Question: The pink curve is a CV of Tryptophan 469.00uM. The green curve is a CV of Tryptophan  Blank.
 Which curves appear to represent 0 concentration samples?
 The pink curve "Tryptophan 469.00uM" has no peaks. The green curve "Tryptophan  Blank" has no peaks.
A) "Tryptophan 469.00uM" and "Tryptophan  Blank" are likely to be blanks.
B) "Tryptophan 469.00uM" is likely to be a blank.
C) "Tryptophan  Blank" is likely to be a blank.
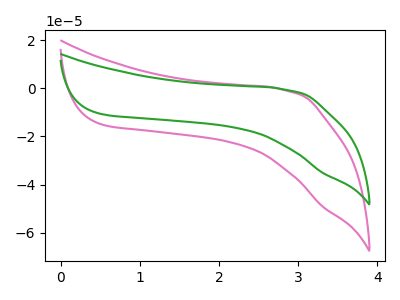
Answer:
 <answer>A) "Tryptophan 469.00uM" and "Tryptophan  Blank" are likely to be blanks.</answer>
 <eval>A</eval>